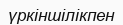
үркіншілікпен